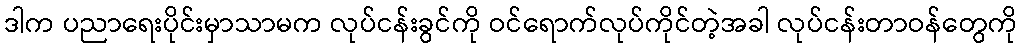
ဒါက ပညာရေးပိုင်းမှာသာမက လုပ်ငန်းခွင်ကို ဝင်ရောက်လုပ်ကိုင်တဲ့အခါ လုပ်ငန်းတာဝန်တွေကို